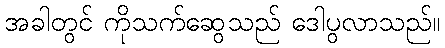
အခါတွင် ကိုသက်ဆွေသည် ဒေါပွလာသည်။